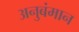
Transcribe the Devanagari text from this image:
अनुबंमान